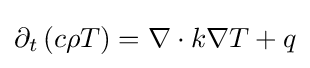
\partial _{t}\left(c\rho T\right)=\nabla \cdot k\nabla T+q